Annual report of the Punjab Veterinary College and of the Civil Veterinary Department, Punjab - 1920-1925
Year: 1920
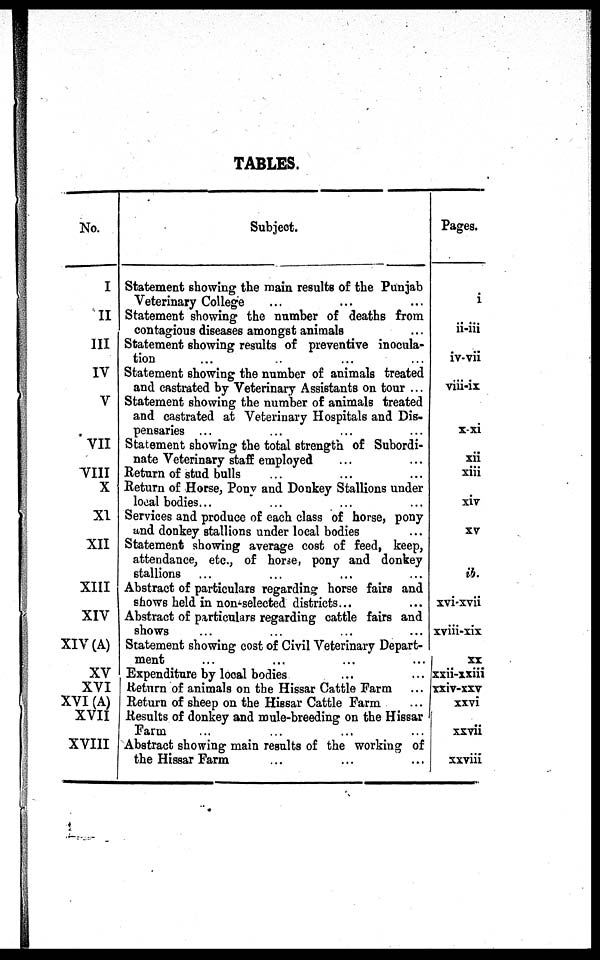
TABLES.
No.
I
II
III
IV
V
VII
VIII
X
XI
XII
XIII
XIV
XIV (A)
XV
XVI
XVI (A)
XVII
XVIII
Subject.
Statement showing the main results of the Punjab
Veterinary College ... ... ...
Statement showing the number of deaths from
contagious diseases amongst animals ...
Statement showing results of preventive inocula-
tion ... ... ...
Statement showing the number of animals treated
and castrated by Veterinary Assistants on tour ...
Statement showing the number of animals treated
and castrated at Veterinary Hospitals and Dis-
pensaries ... ... ... ...
Statement showing the total strength of Subordi-
nate Veterinary staff employed ... ...
Return of stud bulls ... ... ...
Return of Horse, Pony and Donkey Stallions under
local bodies... ... ...
Services and produce of each class of horse, pony
and donkey stallions under local bodies ...
Statement showing average cost of feed, keep,
attendance, etc., of horse, pony and donkey
stallions ... ... ... ...
Abstract of particulars regarding horse fairs and
shows held in non-selected districts... ...
Abstract of particulars regarding cattle fairs and
shows ... ... ... ...
Statement showing cost of Civil Veterinary Depart-
ment ... ... ... ...
Expenditure by local bodies ... ...
Return of animals on the Hissar Cattle Farm ...
Return of sheep on the Hissar Cattle Farm ...
Results of donkey and mule-breeding on the Hissar
Farm ... ... ... ...
Abstract showing main results of the working of
the Hissar Farm ... ... ...
Pages.
i
ii-iii
iv-vii
viii-ix
x-xi
xii
xiii
xiv
xv
ib.
xvi-xvii
xviii-xix
XX
xxii-xxiii
xxiv-xxv
xxvi
xxvii
xxviii